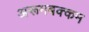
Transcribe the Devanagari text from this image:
अरूमबक्कम